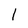
Character: l